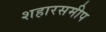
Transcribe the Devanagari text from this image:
शहारसमीप